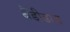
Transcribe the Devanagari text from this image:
बैंडीडास